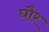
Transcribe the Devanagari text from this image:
घौर